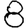
Digit: 8